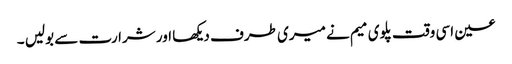
عین اسی وقت پلوی میم نے میری طرف دیکھا اور شرارت سے بولیں ۔